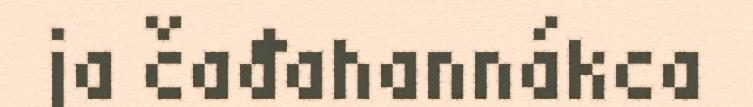
ja čađahannákca